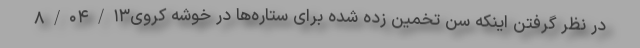
در نظر گرفتن اینکه سن تخمین زده شده برای ستاره‌ها در خوشهٔ کروی۸/۰۴/۱۳